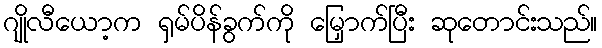
ဂျိုလီယော့က ရှမ်ပိန်ခွက်ကို မြှောက်ပြီး ဆုတောင်းသည်။